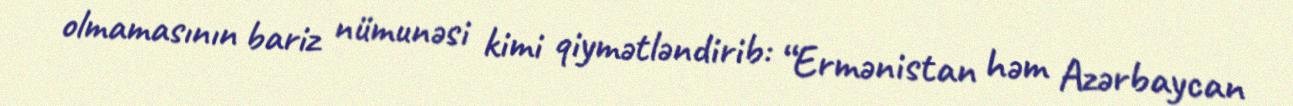
olmamasının bariz nümunəsi kimi qiymətləndirib: “Ermənistan həm Azərbaycan